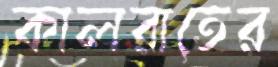
কালরাতের